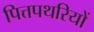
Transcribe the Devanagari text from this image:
पित्तपथरियों